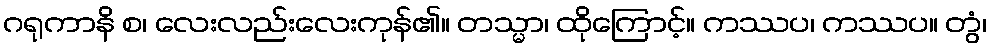
ဂရုကာနိ စ၊ လေးလည်းလေးကုန်၏။ တသ္မာ၊ ထိုကြောင့်။ ကဿပ၊ ကဿပ။ တွံ၊